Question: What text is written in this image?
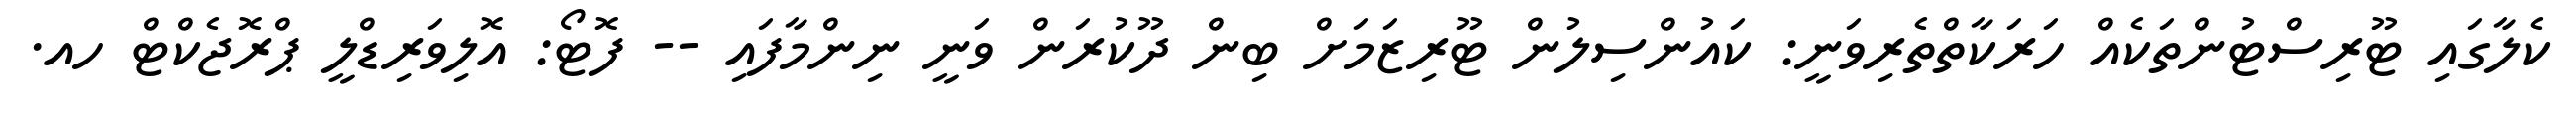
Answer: ކެލާގައި ޓޫރިސްޓުންތަކެއް ހަރަކާތްތެރިވަނީ: ކައުންސިލުން ޓޫރިޒަމަށް ބިން ދޫކުރަން ވަނީ ނިންމާފައި -- ފޮޓޯ: އޮލިވަރިޑްލީ ޕްރޮޖެކްޓް ހއ.